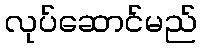
လုပ်ဆောင်မည်